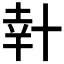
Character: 𠦧